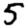
Digit: 5